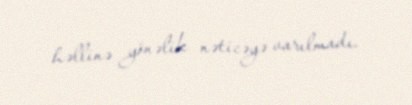
həllinə yönəlik nəticəyə varılmadı.